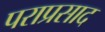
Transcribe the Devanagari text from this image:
पराप्रसाद